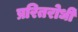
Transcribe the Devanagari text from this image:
प्ररितरोधी